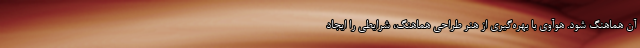
آن هماهنگ شود. هوآوی با بهره‌گیری از هنر طراحی هماهنگ، شرایطی را ایجاد